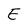
Character: E